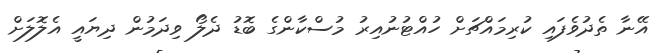
އޭނާ ތެދުވެފައި ކުރިމައްޗަށް ހުއްޓުނުއިރު މުސްކާންގެ ބޮޑު ދެލޯ ވިދަމުން ދިޔައީ އެލޮލަށް